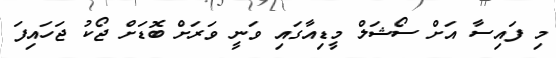
މި ފައިސާ އަށް ސޯޝަލް މީޑިއާގައި ވަނީ ވަރަށް ބޮޑަށް ޖޯކު ޖަހައިފަ